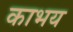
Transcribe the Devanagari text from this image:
काभय